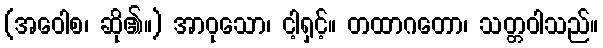
(အဝေါစ၊ ဆို၏။) အာဝုသော၊ ငါ့ရှင့်။ တထာဂတော၊ သတ္တဝါသည်။